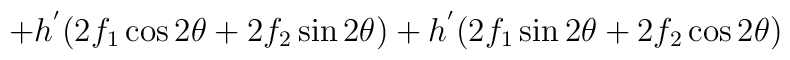
+ h^{'} ( 2 f_1 \cos 2 \theta + 2 f_2 \sin 2 \theta) + h^{'} ( 2f_1 \sin 2 \theta + 2 f_2 \cos 2 \theta)